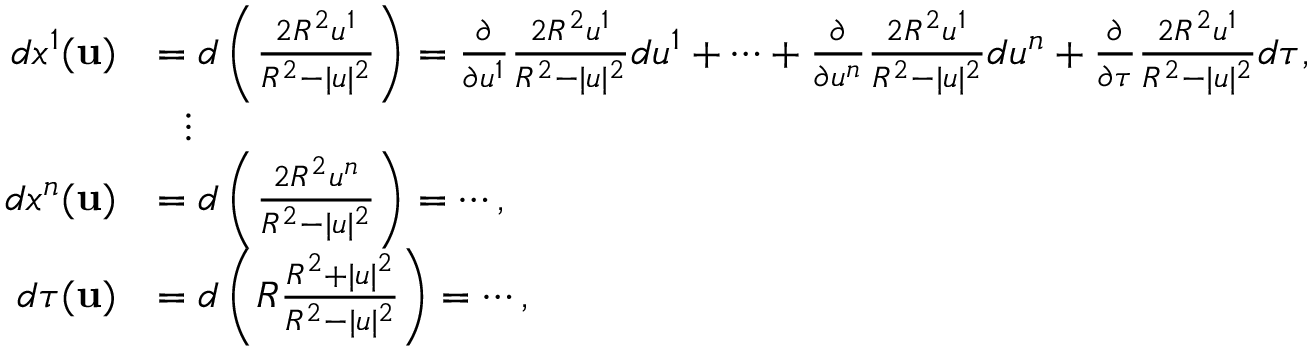
{ \begin{array} { r l } { d x ^ { 1 } ( \mathbf { u } ) } & { = d \left( { \frac { 2 R ^ { 2 } u ^ { 1 } } { R ^ { 2 } - | u | ^ { 2 } } } \right) = { \frac { \partial } { \partial u ^ { 1 } } } { \frac { 2 R ^ { 2 } u ^ { 1 } } { R ^ { 2 } - | u | ^ { 2 } } } d u ^ { 1 } + \cdots + { \frac { \partial } { \partial u ^ { n } } } { \frac { 2 R ^ { 2 } u ^ { 1 } } { R ^ { 2 } - | u | ^ { 2 } } } d u ^ { n } + { \frac { \partial } { \partial \tau } } { \frac { 2 R ^ { 2 } u ^ { 1 } } { R ^ { 2 } - | u | ^ { 2 } } } d \tau , } \\ & { \ \ \vdots } \\ { d x ^ { n } ( \mathbf { u } ) } & { = d \left( { \frac { 2 R ^ { 2 } u ^ { n } } { R ^ { 2 } - | u | ^ { 2 } } } \right) = \cdots , } \\ { d \tau ( \mathbf { u } ) } & { = d \left( R { \frac { R ^ { 2 } + | u | ^ { 2 } } { R ^ { 2 } - | u | ^ { 2 } } } \right) = \cdots , } \end{array} }